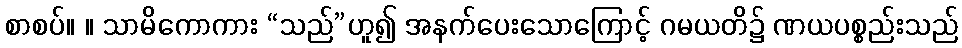
စာစပ်။ ။ သာမိကောကား “သည်”ဟူ၍ အနက်ပေးသောကြောင့် ဂမယတိ၌ ဏယပစ္စည်းသည်